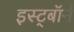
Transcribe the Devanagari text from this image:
इस्ट्बॉर्न